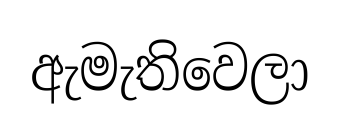
ඇමැතිවෙලා